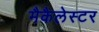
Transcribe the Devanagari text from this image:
मैकैलेस्टर